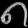
Digit: ၈